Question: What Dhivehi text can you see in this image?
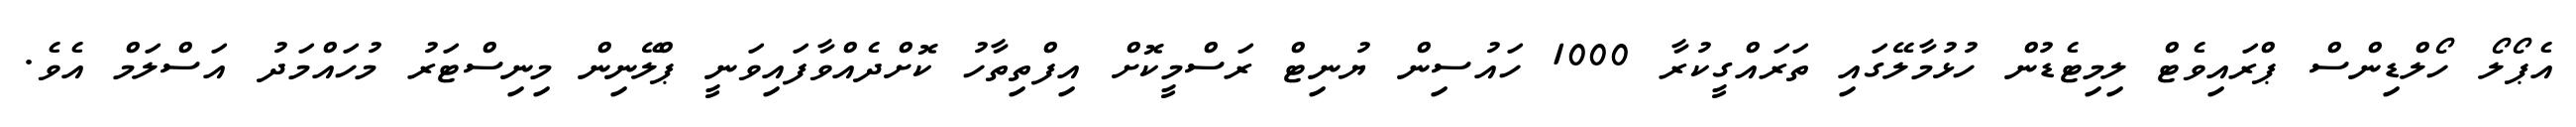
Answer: އެޕޯލޯ ހޯލްޑިންސް ޕްރައިވެޓް ލިމިޓެޑުން ހުޅުމާލޭގައި ތަރައްގީކުރާ 1000 ހައުސިން ޔުނިޓް ރަސްމީކޮށް އިފްތިތާހު ކޮށްދެއްވާފައިވަނީ ޕްލޭނިން މިނިސްޓަރު މުހައްމަދު އަސްލަމް އެވެ.